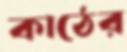
কাঠের